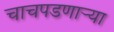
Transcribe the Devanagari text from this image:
चाचपडणाऱ्या